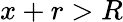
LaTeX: x+r>R